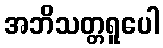
အဘိသတ္တရူပေါ